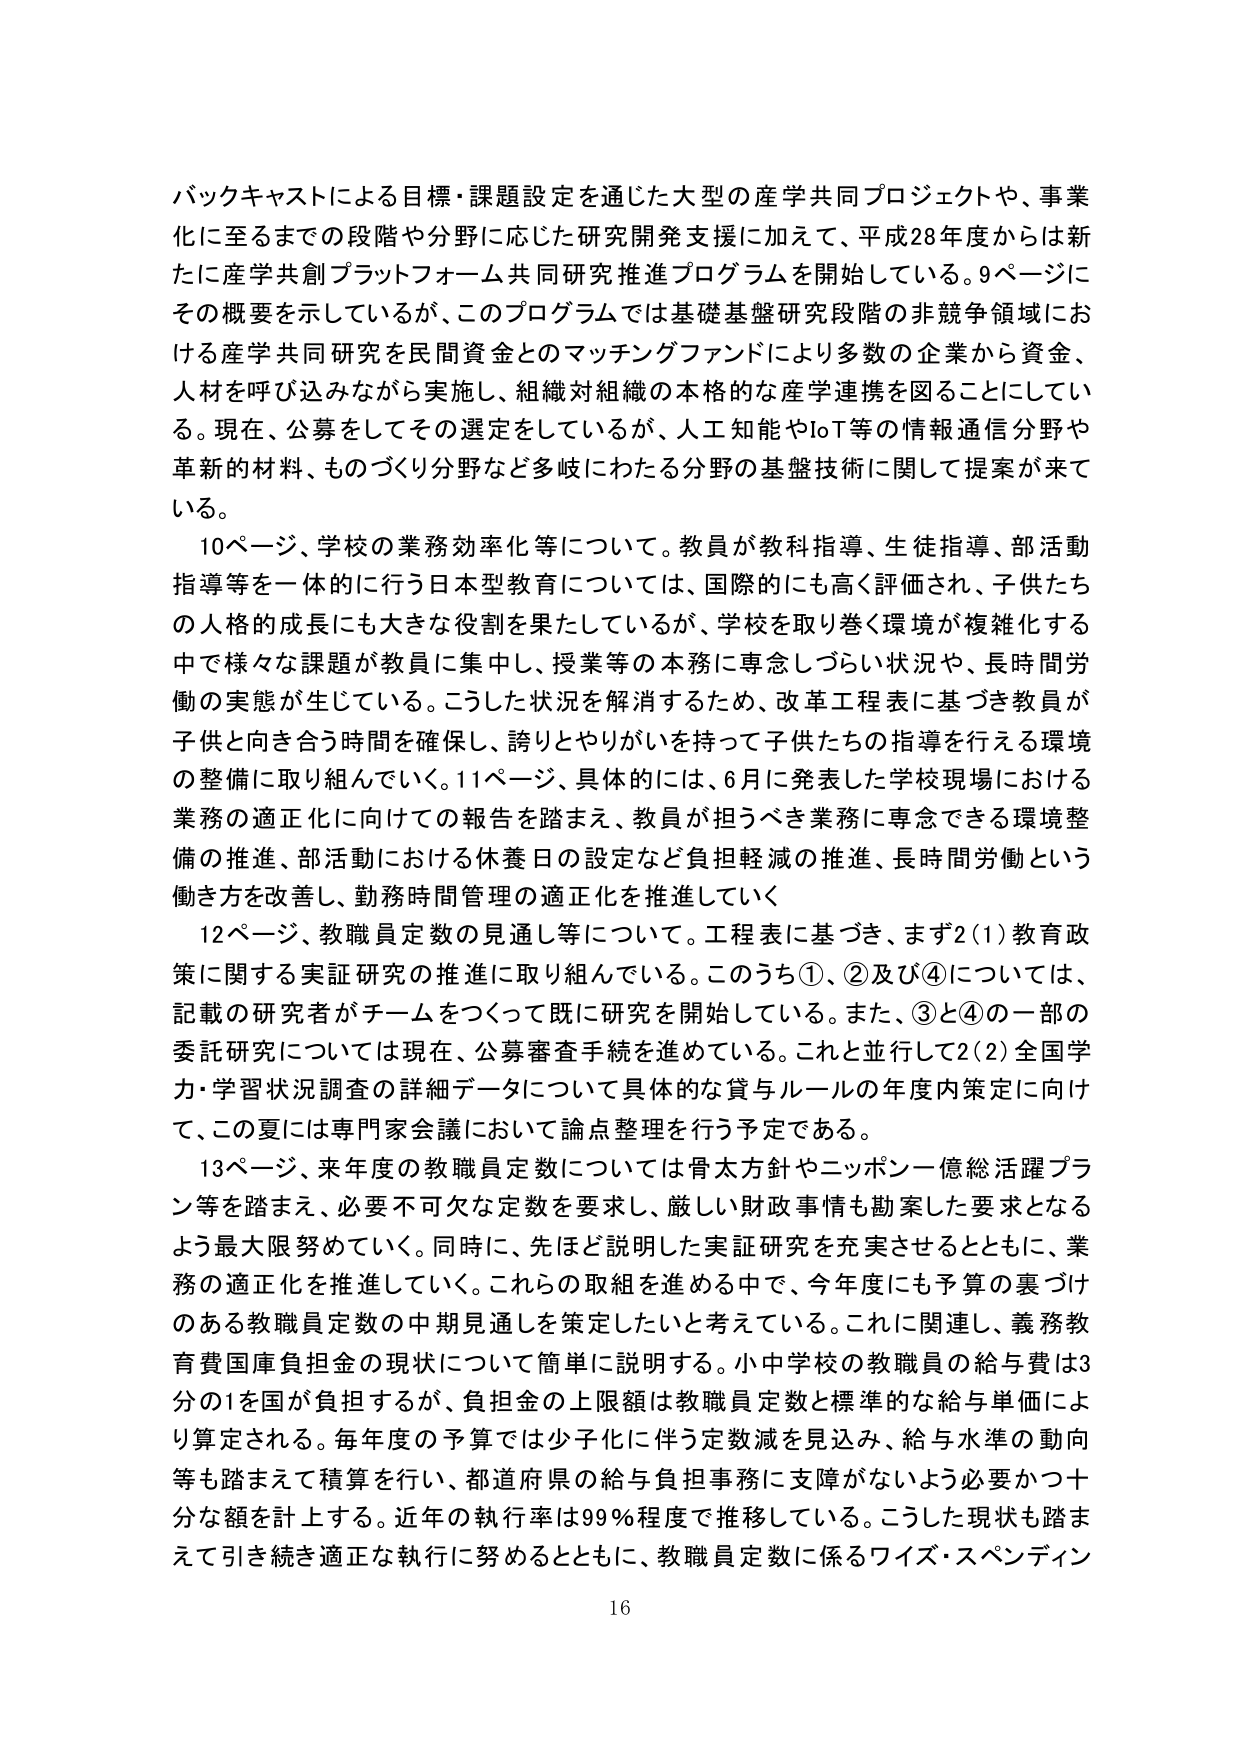
バックキャストによる目標・課題設定を通じた大型の産学共同プロジェクトや、事業化に至るまでの段階や分野に応じた研究開発支援に加えて、平成28年度からは新たに産学共創プラットフォーム共同研究推進プログラムを開始している。9ページにその概要を示しているが、このプログラムでは基礎基盤研究段階の非競争領域における産学共同研究を民間資金とのマッチングファンドにより多数の企業から資金、人材を呼び込みながら実施し、組織対組織の本格的な産学連携を図ることにしてい る。現在、公募をしてその選定をしているが、人工知能やIoT等の情報通信分野や革新的材料、ものづくり分野など多岐にわたる分野の基盤技術に関して提案が来ている。

10ページ、学校の業務効率化等について。教員が教科指導、生徒指導、部活動指導等を一体的に行う日本型教育については、国際的にも高く評価され、子供たちの人格的成長にも大きな役割を果たしているが、学校を取り巻く環境が複雑化する中で様々な課題が教員に集中し、授業等の本務に専念しづらい状況や、長時間労働の実態が生じている。こうした状況を解消するため、改革工程表に基づき教員が子供と向き合う時間を確保し、誇りとやりがいを持って子供たちの指導を行える環境の整備に取り組んでいく。11ページ、具体的には、6月に発表した学校現場における業務の適正化に向けての報告を踏まえ、教員が担うべき業務に専念できる環境整備の推進、部活動における休養日の設定など負担軽減の推進、長時間労働という働き方を改善し、勤務時間管理の適正化を推進していく

12ページ、教職員定数の見通し等について。工程表に基づき、まず2(1)教育政策に関する実証研究の推進に取り組んでいる。このうち①、②及び④については、記載の研究者がチームをつくって既に研究を開始している。また、③と④の一部の委託研究については現在、公募審査手続を進めている。これと並行して2(2)全国学力・学習状況調査の詳細データについて具体的な貸与ルールの年度内策定に向けて、この夏には専門家会議において論点整理を行う予定である。

13ページ、来年度の教職員定数については骨太方針やニッポン一億総活躍プラン等を踏まえ、必要不可欠な定数を要求し、厳しい財政事情も勘案した要求となるよう最大限努めていく。同時に、先ほど説明した実証研究を充実させるとともに、業務の適正化を推進していく。これらの取組を進める中で、今年度にも予算の裏づけのある教職員定数の中間見通しを策定したいと考えている。これに関連し、義務教育費国庫負担金の現状について簡単に説明する。小中学校の教職員の給与費は3分の1を国が負担するが、負担金の上限額は教職員定数と標準的な給与単価により算定される。毎年度の予算では少子化に伴う定数減を見込み、給与水準の動向等も踏まえて積算を行い、都道府県の給与負担事務に支障がないよう必要かつ十分な額を計上する。近年の執行率は99％程度で推移している。こうした現状も踏まえて引き続き適正な執行に努めるとともに、教職員定数に係るワイズ・スペンディン

16